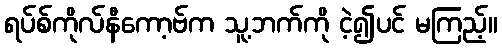
ရပ်စ်ကိုလ်နီကော့ဗ်က သူ့ဘက်ကို ငဲ့၍ပင် မကြည့်။